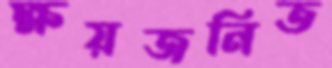
ক্ষয়জনিত